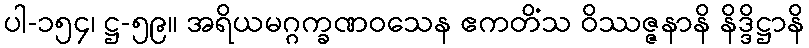
ပါ-၁၅၄၊ ဋ္ဌ-၅၉။ အရိယမဂ္ဂက္ခဏဝသေန ဧကတိံသ ဝိဿဇ္ဇနာနိ နိဒ္ဒိဋ္ဌာနိ